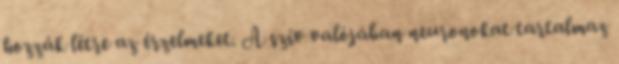
hozzák létre az érzelmeket. A szív valójában neuronokat tartalmaz